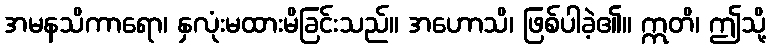
အမနသိကာရော၊ နှလုံးမထားမိခြင်းသည်။ အဟောသိ၊ ဖြစ်ပါခဲ့၏။ ဣတိ၊ ဤသို့